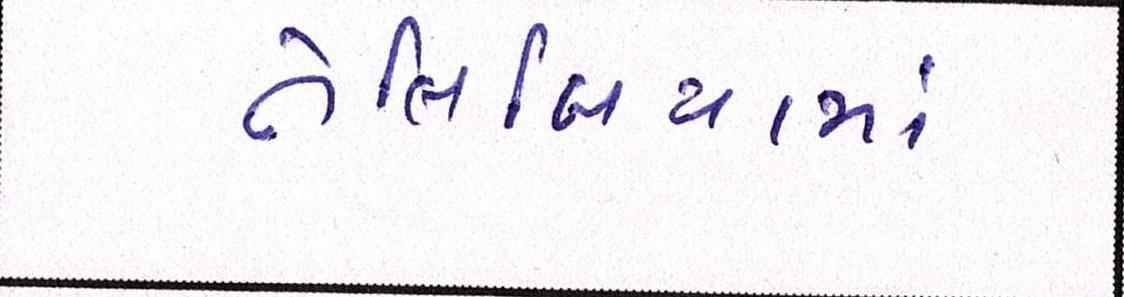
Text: તેલિબિયાંમાં